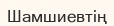
Шамшиевтің